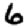
Digit: 6